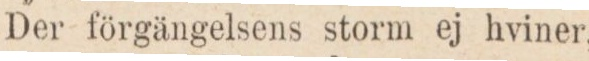
Der förgängelsens storm ej hviner,